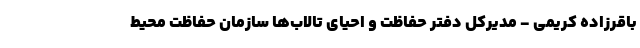
باقرزاده کریمی - مدیرکل دفتر حفاظت و احیای تالاب‌ها سازمان حفاظت محیط